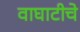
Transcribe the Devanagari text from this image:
वाघाटीचे